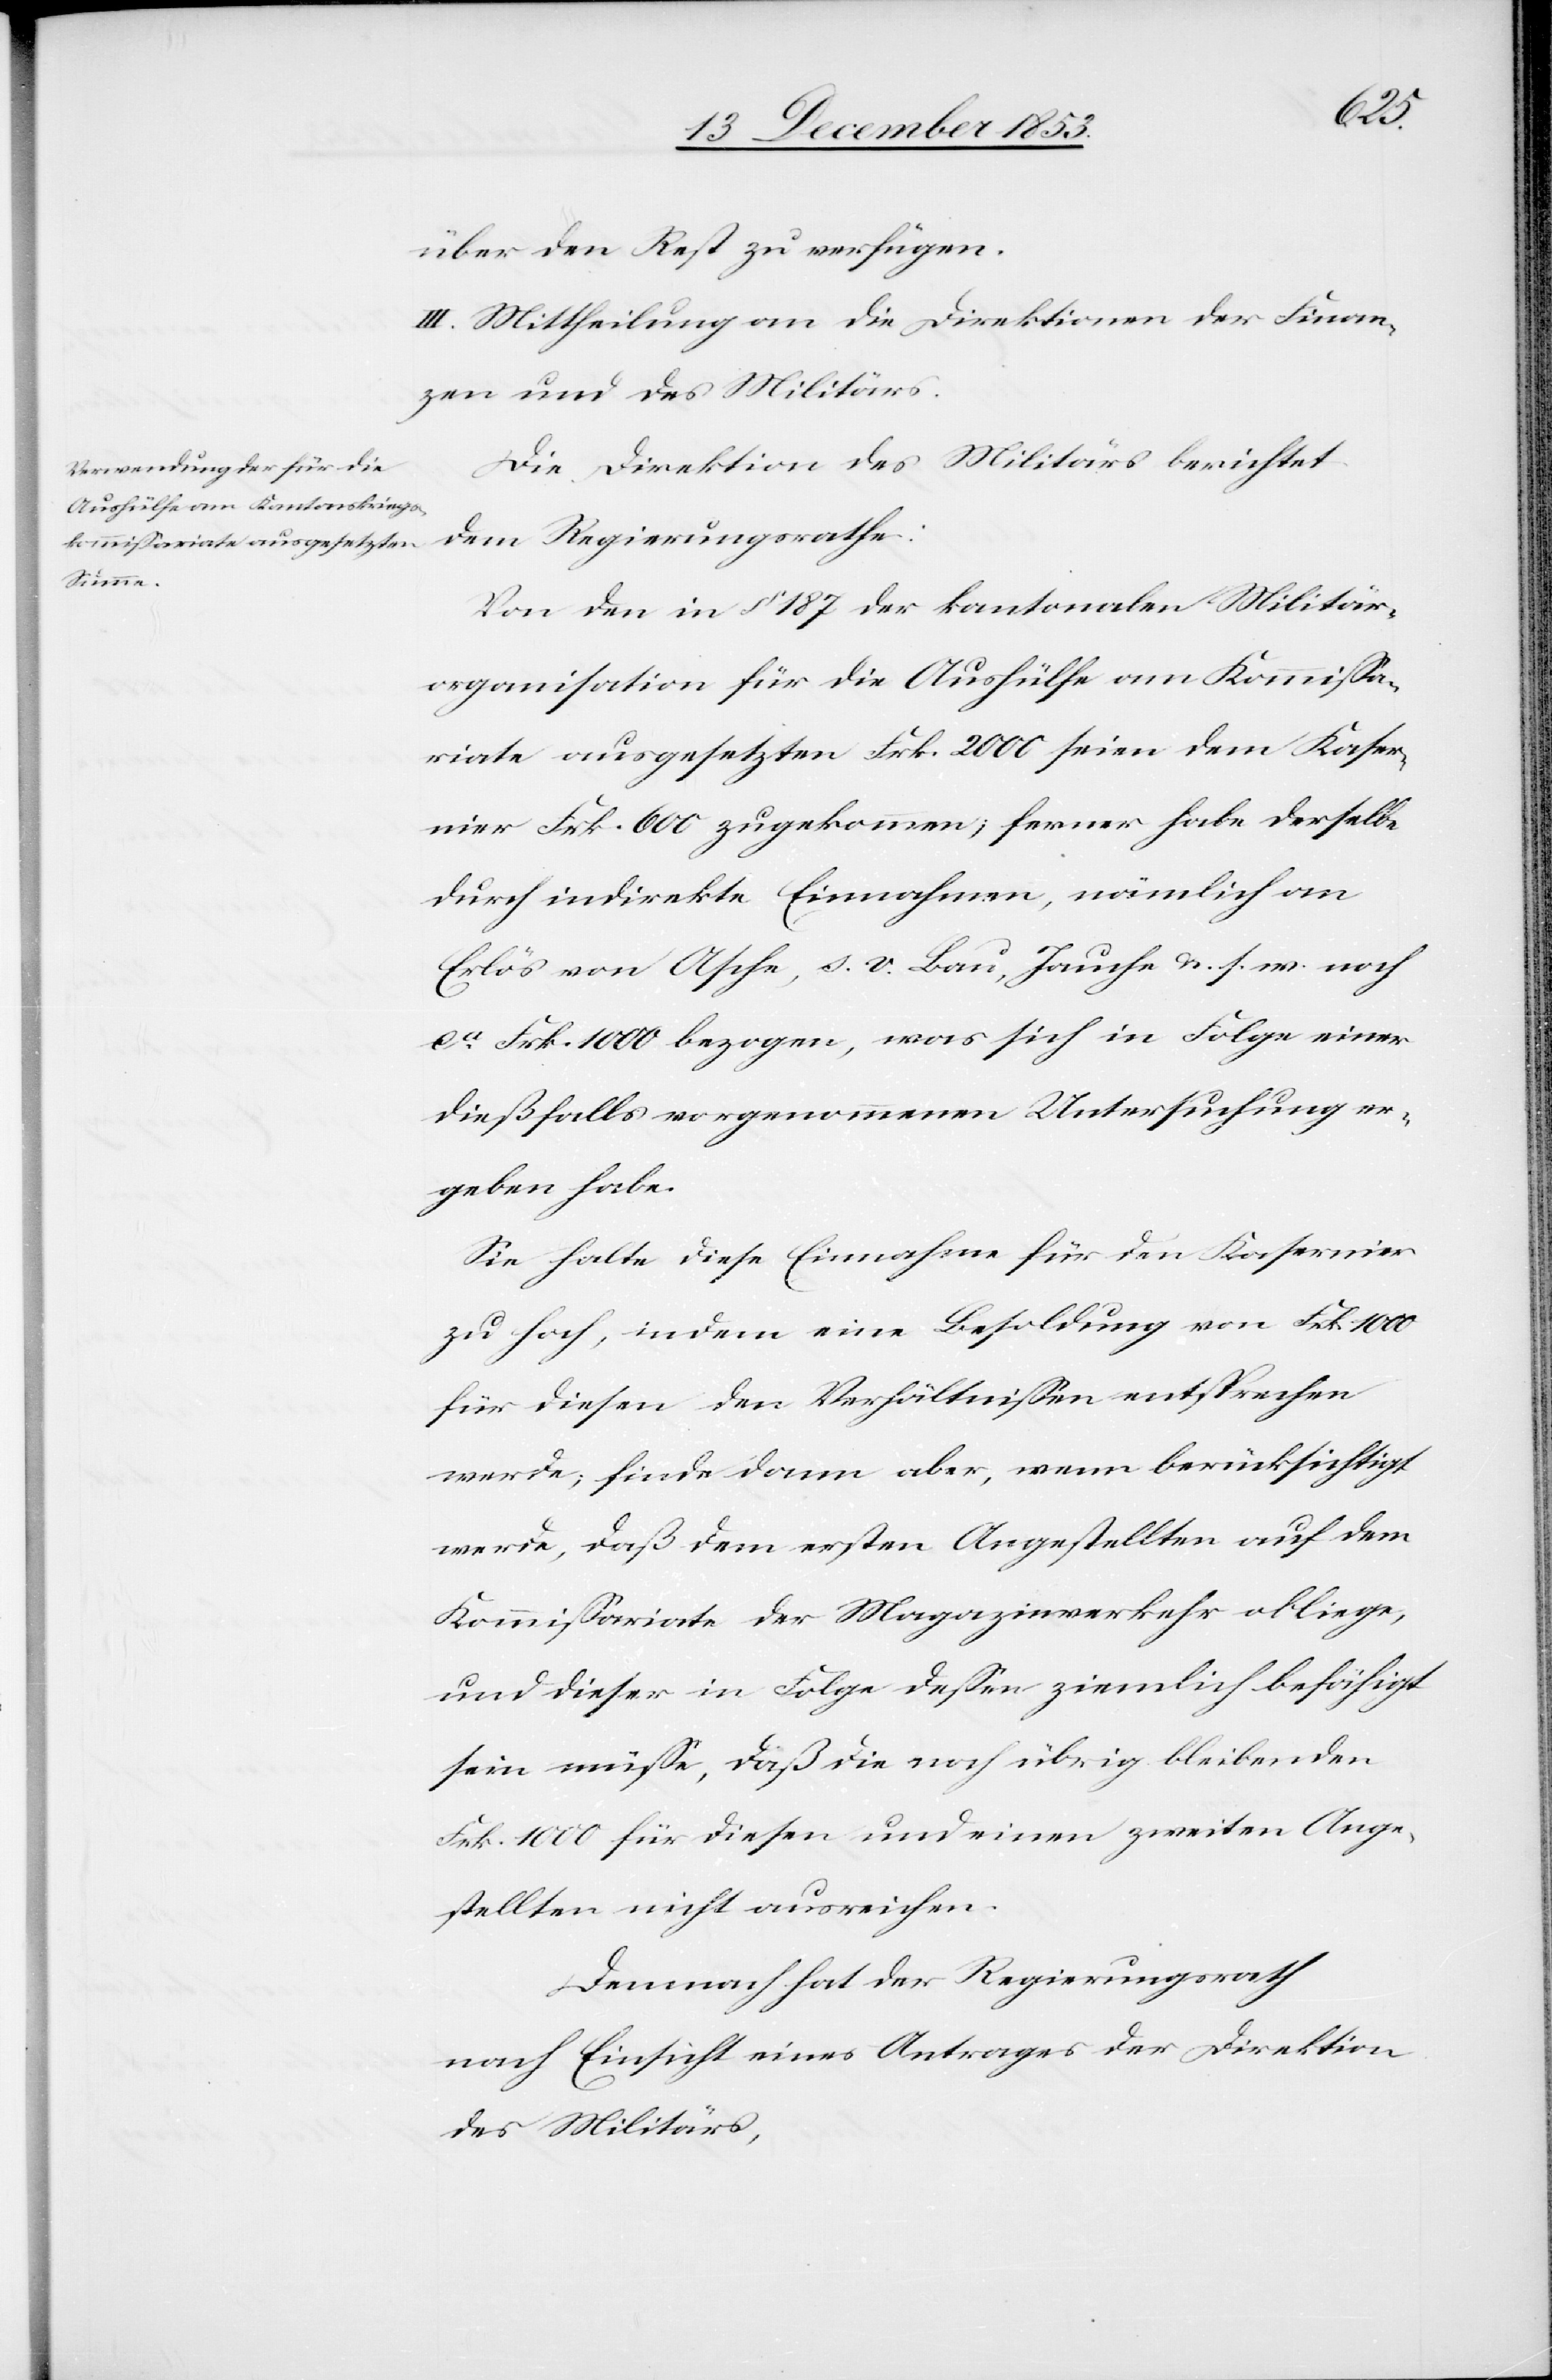
über den Rest zu verfügen.
III. Mittheilung an die Direktionen der Finan¬
zen und des Militärs.
Die Direktion des Militärs berichtet
dem Regierungsrathe:
Von den in § 187 der kantonalen Militär¬
organisation für die Aushülfe am Kommißa¬
riate ausgesetzten Frk. 2000 seien dem Kaser¬
nier Frk. 600 zugekommen; ferner habe derselbe
durch indirekte Einnahmen, nämlich an
Erlös von Asche, s. v. Bau, Jauche u. s. w. noch
ca Frk. 1000 bezogen, was sich in Folge einer
dießfalls vorgenommenen Untersuchung er¬
geben habe.
Sie halte diese Einnahme für den Kasernier
zu hoch, indem eine Besoldung von Frk. 1000
für diesen den Verhältnißen entsprechen
werde; finde dann aber, wenn berücksichtigt
werde, daß dem ersten Angestellten auf dem
Kommißariate der Magazinverkehr obliege,
und dieser in Folge deßen ziemlich befähigt
sein müße, daß die noch übrig bleibenden
Frk. 1000 für diesen und einen zweiten Ange¬
stellten nicht ausreichen.
Demnach hat der Regierungsrath
nach Einsicht eines Antrages der Direktion
des Militärs,